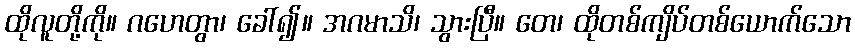
ထိုလူတို့ကို။ ဂဟေတွာ၊ ခေါ်၍။ အဂမာသိ၊ သွားပြီ။ တေ၊ ထိုတစ်ကျိပ်တစ်ယောက်သော